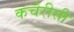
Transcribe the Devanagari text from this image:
कचेरीसी